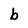
Character: g